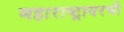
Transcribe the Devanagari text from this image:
महाराष्ट्रावरची